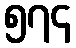
၅၇၄